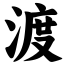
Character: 渡